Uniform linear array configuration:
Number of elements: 24
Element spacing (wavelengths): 0.25
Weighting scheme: cosine
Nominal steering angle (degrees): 60
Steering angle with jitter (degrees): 60.921
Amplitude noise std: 0.05
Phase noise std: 0.05

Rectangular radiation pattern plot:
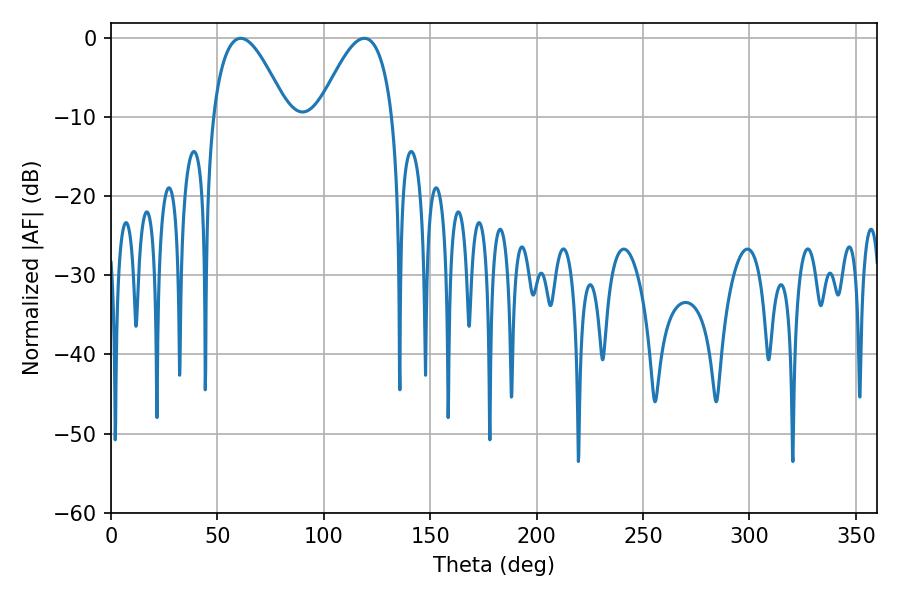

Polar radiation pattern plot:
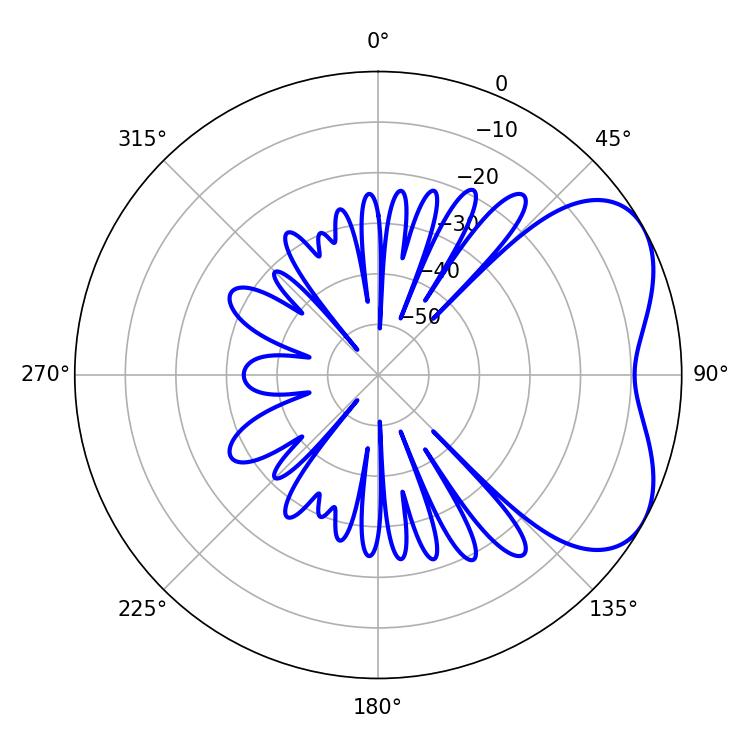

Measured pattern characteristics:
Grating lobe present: FALSE
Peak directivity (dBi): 4.817
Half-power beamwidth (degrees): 19.08
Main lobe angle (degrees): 61.02